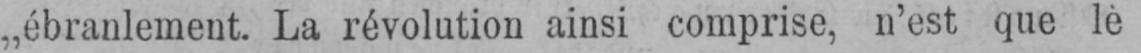
„ébranlement. La révolution ainsi comprise, n’est que lè